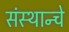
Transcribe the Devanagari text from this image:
संस्थान्चे